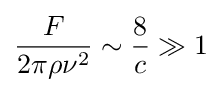
{\frac {F}{2\pi \rho \nu ^{2}}}\sim {\frac {8}{c}}\gg 1